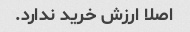
اصلا ارزش خرید ندارد.